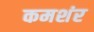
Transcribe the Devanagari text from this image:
कमशंर